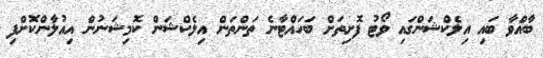
ބާއްވާ ބައި އިލެކްޝަންގައި ވޯޓު ފޮށިތަށް ބަހައްޓާނެ ތަންތަން އިލެކްޝަން ކޮމިޝަނުން އިއުލާންކޮށްފި